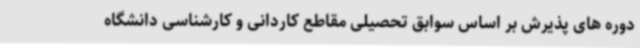
دوره های پذیرش بر اساس سوابق تحصیلی مقاطع کاردانی و کارشناسی دانشگاه